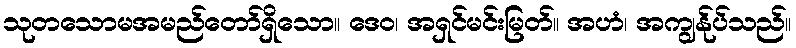
သုတသောမအမည်တော်ရှိသော။ ဒေဝ၊ အရှင်မင်းမြတ်။ အဟံ၊ အကျွန်ုပ်သည်။